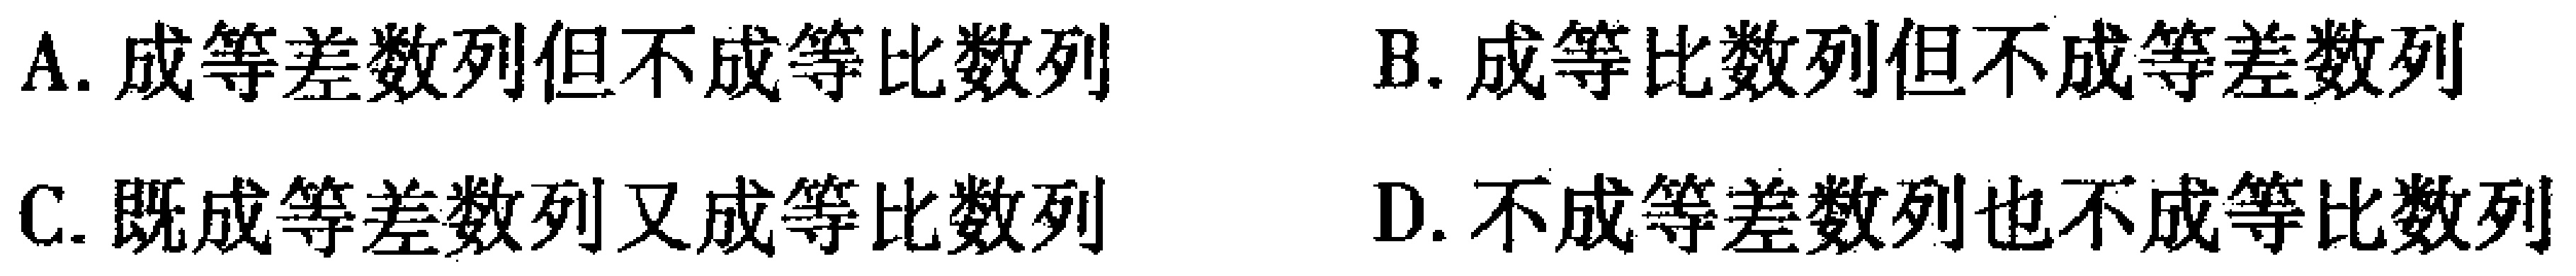
A. 成等差数列但不成等比数列
B. 成等比数列但不成等差数列
C. 既成等差数列又成等比数列
D. 不成等差数列也不成等比数列